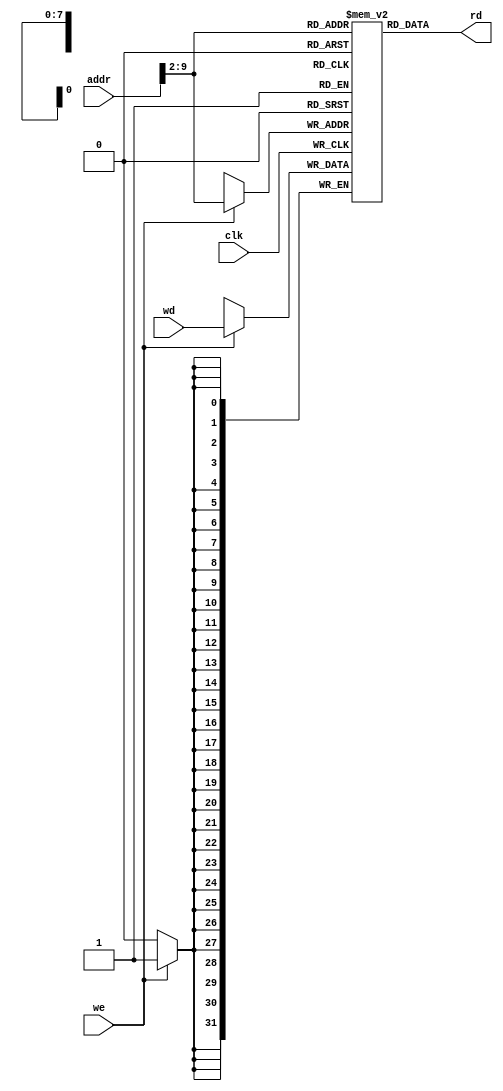

module DMem(
    input clk,
    input we,
    input [31:0] addr,
    input [31:0] wd,
    output [31:0] rd
);
    reg [31:0] dmem [0:255];

    always @(posedge clk) begin
        if (we)
            dmem[addr[9:2]] <= wd;
    end

    assign rd = dmem[addr[9:2]];
endmodule